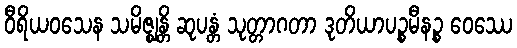
ဝီရိယဝသေန သမိဇ္ဈန္တိ ဆုပန္တံ သုတ္တာဂတာ ဒုတိယာပဉ္စမီနဉ္စ ဝေဿေ